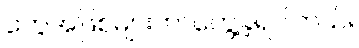
တွေအဖြစ်များတာတွေ့ခဲ့ရပါတယ်။